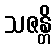
သဇန္တိ